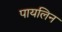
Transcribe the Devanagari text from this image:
पायलिन